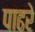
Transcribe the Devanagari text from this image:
पाढरे